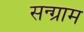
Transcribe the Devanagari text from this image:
सन्ग्राम